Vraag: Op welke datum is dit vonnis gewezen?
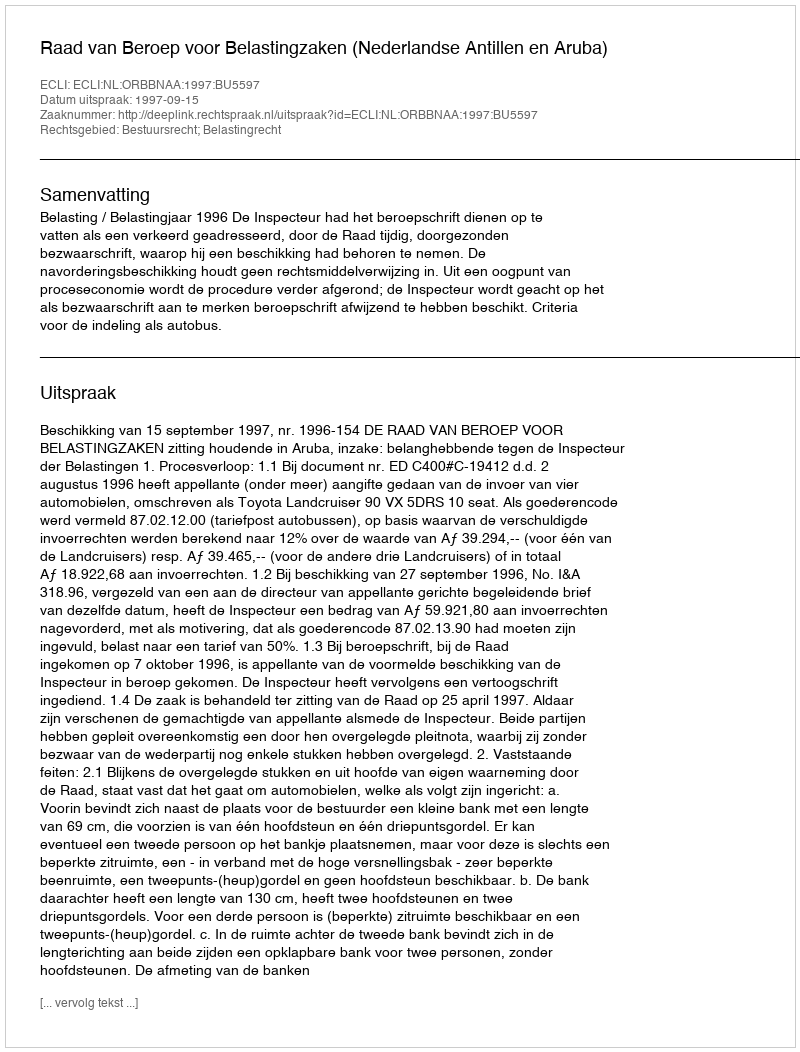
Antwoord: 1997-09-15